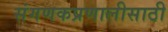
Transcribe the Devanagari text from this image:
संगणकप्रणालीसाठी